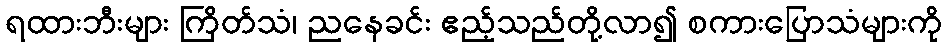
ရထားဘီးများ ကြိတ်သံ၊ ညနေခင်း ဧည့်သည်တို့လာ၍ စကားပြောသံများကို